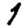
Digit: 1